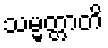
သမ္မတ္တာတိ